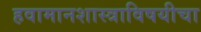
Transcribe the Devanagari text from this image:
हवामानशास्त्राविषयीचा